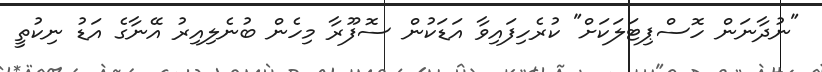
"ނުދާނަން ހޮސްޕިޓަލަކަށް" ކުރެހިފައިވާ އަޑަކުން ސޮފޫރާ މިހެން ބުނެލިއިރު އޭނާގެ އަޑު ނިކުތީ